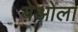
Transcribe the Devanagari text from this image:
येओला